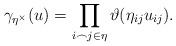
LaTeX: \begin{align*}\gamma_{\eta^\times}(u) = \prod_{i \frown j \in \eta} \vartheta(\eta_{ij}u_{ij}).\end{align*}